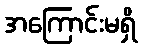
အကြောင်းမရှိ